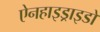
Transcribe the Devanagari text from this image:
ऐनहाइड्राइडों